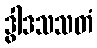
ဒွါဒသသတံ